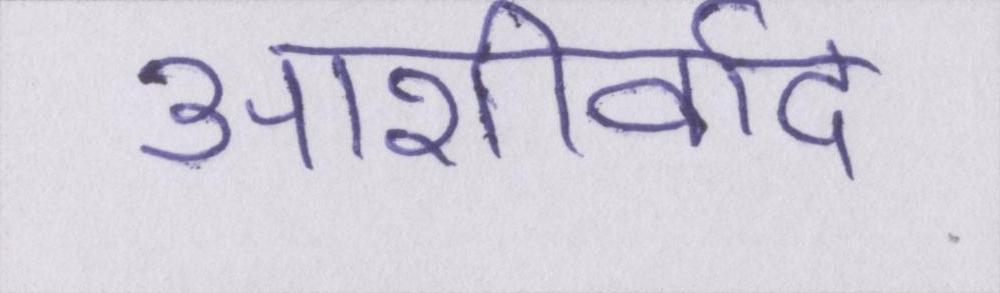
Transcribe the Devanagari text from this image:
आशीर्वाद